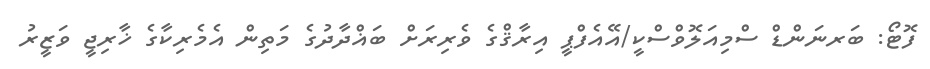
ފޮޓޯ: ބަރނަންޑް ސްމިއަލޮވްސްކީ/އޭއެފްޕީ އިރާޤްގެ ވެރިރަށް ބަޣްދާދުގެ މަތިން އެމެރިކާގެ ޚާރިޖީ ވަޒީރު